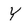
Character: Y